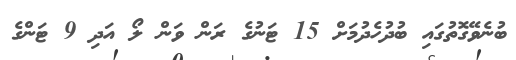
ބުނެވޭގޮތުގައި ބުދުހެދުމަށް 15 ޓަނުގެ ރަން ވަން ލޯ އަދި 9 ޓަންގެ